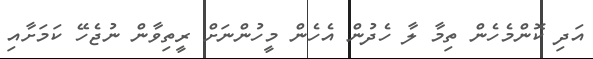
އަދި ކޮންމެހެން ތިމާ ލާ ހެދުން އެހެން މީހުންނަށް ރީތިވާން ނުޖެހޭ ކަމަށާއި